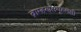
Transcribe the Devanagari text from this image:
ब्राम्हणसमूहलक्षी